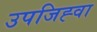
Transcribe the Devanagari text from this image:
उपजिह्वा